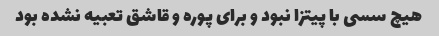
هیچ سسی با پیتزا نبود و برای پوره و قاشق تعبیه نشده بود